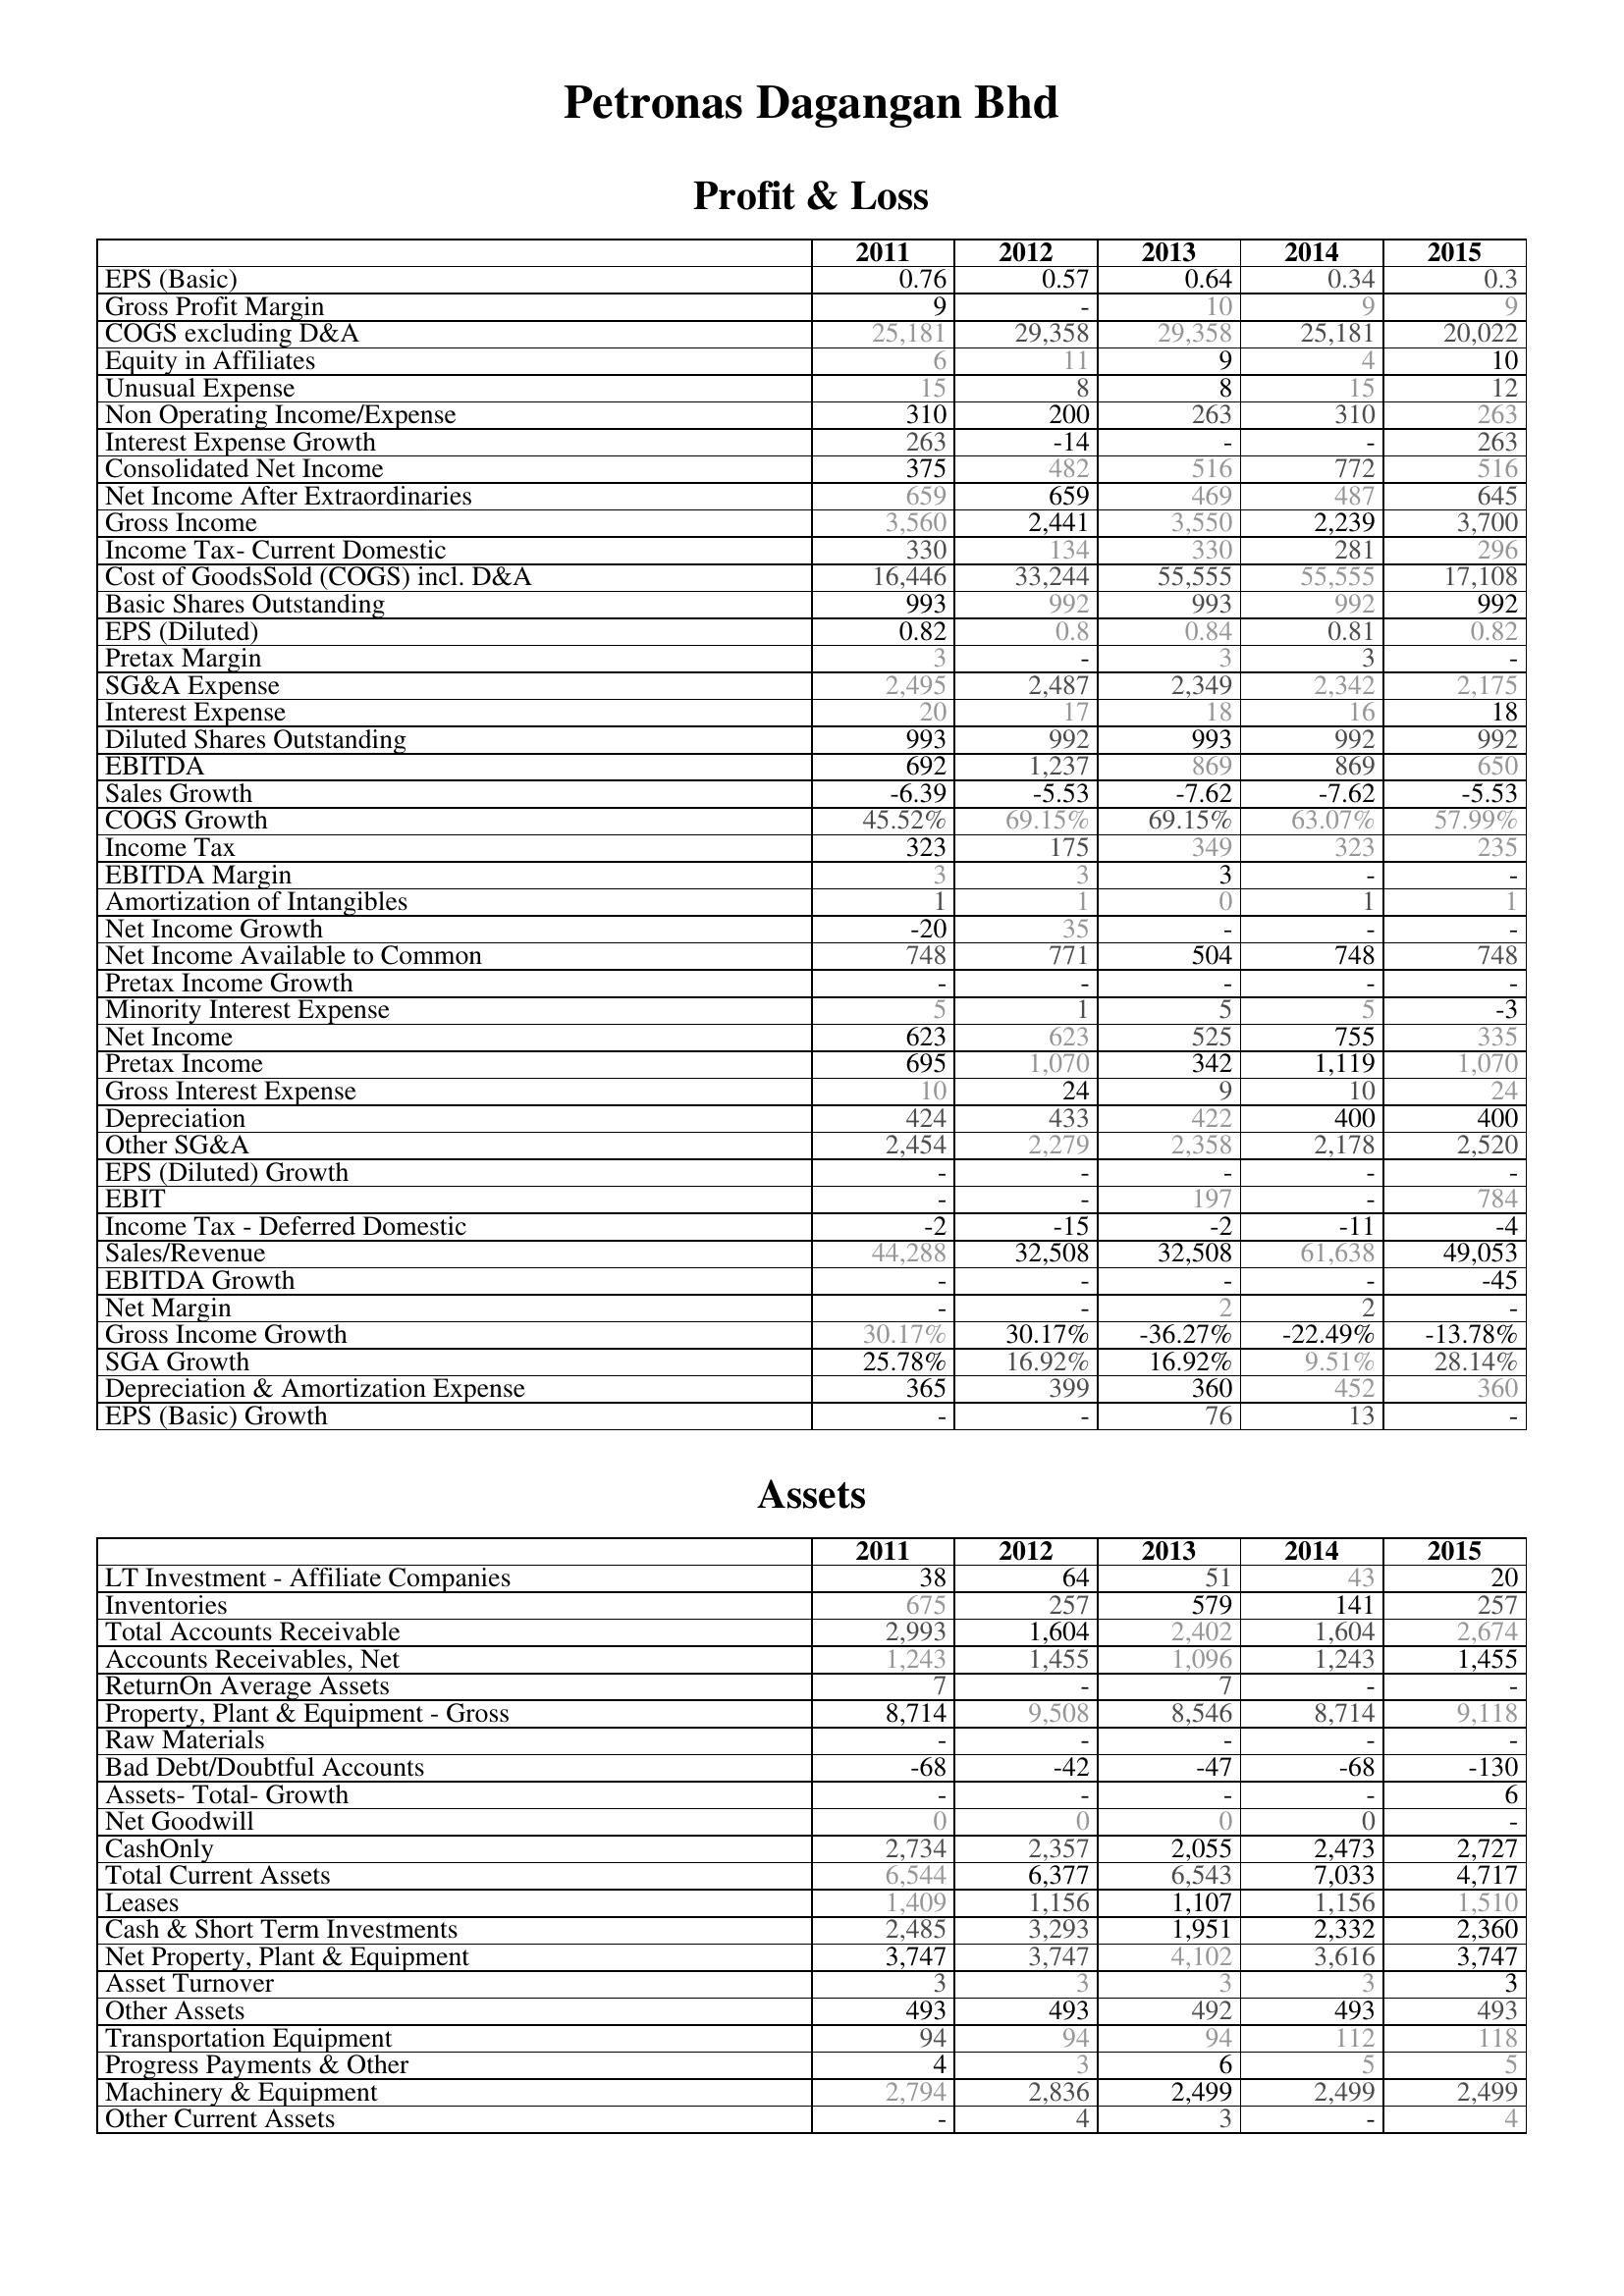
2011: Profit & Loss: EPS (Basic): 0.76
Gross Profit Margin: 9
COGS excluding D&A: 25,181
Equity in Affiliates: 6
Unusual Expense: 15
Non Operating Income/Expense: 310
Interest Expense Growth: 263
Consolidated Net Income: 375
Net Income After Extraordinaries: 659
Gross Income: 3,560
Income Tax- Current Domestic: 330
Cost of GoodsSold (COGS) incl. D&A: 16,446
Basic Shares Outstanding: 993
EPS (Diluted): 0.82
Pretax Margin: 3
SG&A Expense: 2,495
Interest Expense: 20
Diluted Shares Outstanding: 993
EBITDA: 692
Sales Growth: -6.39
COGS Growth: 45.52%
Income Tax: 323
EBITDA Margin: 3
Amortization of Intangibles: 1
Net Income Growth: -20
Net Income Available to Common: 748
Pretax Income Growth: -
Minority Interest Expense: 5
Net Income: 623
Pretax Income: 695
Gross Interest Expense: 10
Depreciation: 424
Other SG&A: 2,454
EPS (Diluted) Growth: -
EBIT: -
Income Tax - Deferred Domestic: -2
Sales/Revenue: 44,288
EBITDA Growth: -
Net Margin: -
Gross Income Growth: 30.17%
SGA Growth: 25.78%
Depreciation & Amortization Expense: 365
EPS (Basic) Growth: -
Assets: LT Investment - Affiliate Companies: 38
Inventories: 675
Total Accounts Receivable: 2,993
Accounts Receivables, Net: 1,243
ReturnOn Average Assets: 7
Property, Plant & Equipment - Gross : 8,714
Raw Materials: -
Bad Debt/Doubtful Accounts: -68
Assets- Total- Growth: -
Net Goodwill: 0
CashOnly: 2,734
Total Current Assets: 6,544
Leases: 1,409
Cash & Short Term Investments: 2,485
Net Property, Plant & Equipment: 3,747
Asset Turnover: 3
Other Assets: 493
Transportation Equipment: 94
Progress Payments & Other: 4
Machinery & Equipment: 2,794
Other Current Assets: -
2012: Profit & Loss: EPS (Basic): 0.57
Gross Profit Margin: -
COGS excluding D&A: 29,358
Equity in Affiliates: 11
Unusual Expense: 8
Non Operating Income/Expense: 200
Interest Expense Growth: -14
Consolidated Net Income: 482
Net Income After Extraordinaries: 659
Gross Income: 2,441
Income Tax- Current Domestic: 134
Cost of GoodsSold (COGS) incl. D&A: 33,244
Basic Shares Outstanding: 992
EPS (Diluted): 0.8
Pretax Margin: -
SG&A Expense: 2,487
Interest Expense: 17
Diluted Shares Outstanding: 992
EBITDA: 1,237
Sales Growth: -5.53
COGS Growth: 69.15%
Income Tax: 175
EBITDA Margin: 3
Amortization of Intangibles: 1
Net Income Growth: 35
Net Income Available to Common: 771
Pretax Income Growth: -
Minority Interest Expense: 1
Net Income: 623
Pretax Income: 1,070
Gross Interest Expense: 24
Depreciation: 433
Other SG&A: 2,279
EPS (Diluted) Growth: -
EBIT: -
Income Tax - Deferred Domestic: -15
Sales/Revenue: 32,508
EBITDA Growth: -
Net Margin: -
Gross Income Growth: 30.17%
SGA Growth: 16.92%
Depreciation & Amortization Expense: 399
EPS (Basic) Growth: -
Assets: LT Investment - Affiliate Companies: 64
Inventories: 257
Total Accounts Receivable: 1,604
Accounts Receivables, Net: 1,455
ReturnOn Average Assets: -
Property, Plant & Equipment - Gross : 9,508
Raw Materials: -
Bad Debt/Doubtful Accounts: -42
Assets- Total- Growth: -
Net Goodwill: 0
CashOnly: 2,357
Total Current Assets: 6,377
Leases: 1,156
Cash & Short Term Investments: 3,293
Net Property, Plant & Equipment: 3,747
Asset Turnover: 3
Other Assets: 493
Transportation Equipment: 94
Progress Payments & Other: 3
Machinery & Equipment: 2,836
Other Current Assets: 4
2013: Profit & Loss: EPS (Basic): 0.64
Gross Profit Margin: 10
COGS excluding D&A: 29,358
Equity in Affiliates: 9
Unusual Expense: 8
Non Operating Income/Expense: 263
Interest Expense Growth: -
Consolidated Net Income: 516
Net Income After Extraordinaries: 469
Gross Income: 3,550
Income Tax- Current Domestic: 330
Cost of GoodsSold (COGS) incl. D&A: 55,555
Basic Shares Outstanding: 993
EPS (Diluted): 0.84
Pretax Margin: 3
SG&A Expense: 2,349
Interest Expense: 18
Diluted Shares Outstanding: 993
EBITDA: 869
Sales Growth: -7.62
COGS Growth: 69.15%
Income Tax: 349
EBITDA Margin: 3
Amortization of Intangibles: 0
Net Income Growth: -
Net Income Available to Common: 504
Pretax Income Growth: -
Minority Interest Expense: 5
Net Income: 525
Pretax Income: 342
Gross Interest Expense: 9
Depreciation: 422
Other SG&A: 2,358
EPS (Diluted) Growth: -
EBIT: 197
Income Tax - Deferred Domestic: -2
Sales/Revenue: 32,508
EBITDA Growth: -
Net Margin: 2
Gross Income Growth: -36.27%
SGA Growth: 16.92%
Depreciation & Amortization Expense: 360
EPS (Basic) Growth: 76
Assets: LT Investment - Affiliate Companies: 51
Inventories: 579
Total Accounts Receivable: 2,402
Accounts Receivables, Net: 1,096
ReturnOn Average Assets: 7
Property, Plant & Equipment - Gross : 8,546
Raw Materials: -
Bad Debt/Doubtful Accounts: -47
Assets- Total- Growth: -
Net Goodwill: 0
CashOnly: 2,055
Total Current Assets: 6,543
Leases: 1,107
Cash & Short Term Investments: 1,951
Net Property, Plant & Equipment: 4,102
Asset Turnover: 3
Other Assets: 492
Transportation Equipment: 94
Progress Payments & Other: 6
Machinery & Equipment: 2,499
Other Current Assets: 3
2014: Profit & Loss: EPS (Basic): 0.34
Gross Profit Margin: 9
COGS excluding D&A: 25,181
Equity in Affiliates: 4
Unusual Expense: 15
Non Operating Income/Expense: 310
Interest Expense Growth: -
Consolidated Net Income: 772
Net Income After Extraordinaries: 487
Gross Income: 2,239
Income Tax- Current Domestic: 281
Cost of GoodsSold (COGS) incl. D&A: 55,555
Basic Shares Outstanding: 992
EPS (Diluted): 0.81
Pretax Margin: 3
SG&A Expense: 2,342
Interest Expense: 16
Diluted Shares Outstanding: 992
EBITDA: 869
Sales Growth: -7.62
COGS Growth: 63.07%
Income Tax: 323
EBITDA Margin: -
Amortization of Intangibles: 1
Net Income Growth: -
Net Income Available to Common: 748
Pretax Income Growth: -
Minority Interest Expense: 5
Net Income: 755
Pretax Income: 1,119
Gross Interest Expense: 10
Depreciation: 400
Other SG&A: 2,178
EPS (Diluted) Growth: -
EBIT: -
Income Tax - Deferred Domestic: -11
Sales/Revenue: 61,638
EBITDA Growth: -
Net Margin: 2
Gross Income Growth: -22.49%
SGA Growth: 9.51%
Depreciation & Amortization Expense: 452
EPS (Basic) Growth: 13
Assets: LT Investment - Affiliate Companies: 43
Inventories: 141
Total Accounts Receivable: 1,604
Accounts Receivables, Net: 1,243
ReturnOn Average Assets: -
Property, Plant & Equipment - Gross : 8,714
Raw Materials: -
Bad Debt/Doubtful Accounts: -68
Assets- Total- Growth: -
Net Goodwill: 0
CashOnly: 2,473
Total Current Assets: 7,033
Leases: 1,156
Cash & Short Term Investments: 2,332
Net Property, Plant & Equipment: 3,616
Asset Turnover: 3
Other Assets: 493
Transportation Equipment: 112
Progress Payments & Other: 5
Machinery & Equipment: 2,499
Other Current Assets: -
2015: Profit & Loss: EPS (Basic): 0.3
Gross Profit Margin: 9
COGS excluding D&A: 20,022
Equity in Affiliates: 10
Unusual Expense: 12
Non Operating Income/Expense: 263
Interest Expense Growth: 263
Consolidated Net Income: 516
Net Income After Extraordinaries: 645
Gross Income: 3,700
Income Tax- Current Domestic: 296
Cost of GoodsSold (COGS) incl. D&A: 17,108
Basic Shares Outstanding: 992
EPS (Diluted): 0.82
Pretax Margin: -
SG&A Expense: 2,175
Interest Expense: 18
Diluted Shares Outstanding: 992
EBITDA: 650
Sales Growth: -5.53
COGS Growth: 57.99%
Income Tax: 235
EBITDA Margin: -
Amortization of Intangibles: 1
Net Income Growth: -
Net Income Available to Common: 748
Pretax Income Growth: -
Minority Interest Expense: -3
Net Income: 335
Pretax Income: 1,070
Gross Interest Expense: 24
Depreciation: 400
Other SG&A: 2,520
EPS (Diluted) Growth: -
EBIT: 784
Income Tax - Deferred Domestic: -4
Sales/Revenue: 49,053
EBITDA Growth: -45
Net Margin: -
Gross Income Growth: -13.78%
SGA Growth: 28.14%
Depreciation & Amortization Expense: 360
EPS (Basic) Growth: -
Assets: LT Investment - Affiliate Companies: 20
Inventories: 257
Total Accounts Receivable: 2,674
Accounts Receivables, Net: 1,455
ReturnOn Average Assets: -
Property, Plant & Equipment - Gross : 9,118
Raw Materials: -
Bad Debt/Doubtful Accounts: -130
Assets- Total- Growth: 6
Net Goodwill: -
CashOnly: 2,727
Total Current Assets: 4,717
Leases: 1,510
Cash & Short Term Investments: 2,360
Net Property, Plant & Equipment: 3,747
Asset Turnover: 3
Other Assets: 493
Transportation Equipment: 118
Progress Payments & Other: 5
Machinery & Equipment: 2,499
Other Current Assets: 4